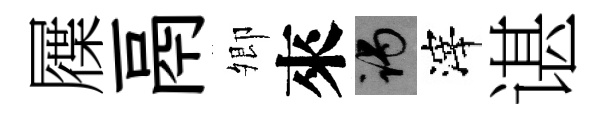
屧鬲𡖖來谒滓谌